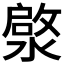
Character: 𮳓